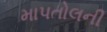
માપતોલની